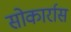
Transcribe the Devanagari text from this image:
सोकार्रास